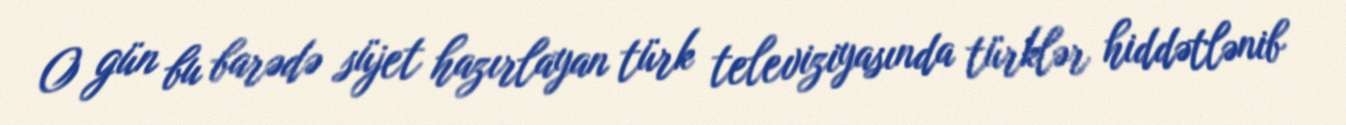
O gün bu barədə süjet hazırlayan türk televiziyasında türklər hiddətlənib